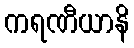
ကရဏီယာနိ